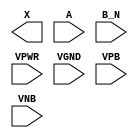
module sky130_fd_sc_hd__or2b (
    X   ,
    A   ,
    B_N ,
    VPWR,
    VGND,
    VPB ,
    VNB
);

    output X   ;
    input  A   ;
    input  B_N ;
    input  VPWR;
    input  VGND;
    input  VPB ;
    input  VNB ;
endmodule